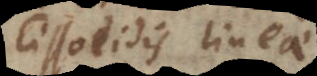
Cissoeidis lineae